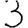
Digit: 3